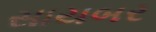
સાયબર